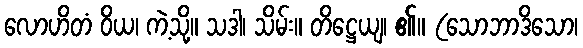
လောဟိတံ ဝိယ၊ ကဲ့သို့။ သဒါ၊ သိမ်း။ တိဋ္ဌေယျ၊ ၏။ (သောဘာဒိသော၊